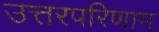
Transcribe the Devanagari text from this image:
उत्तरपरिणाम